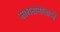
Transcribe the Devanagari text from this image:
साधनामालाओं